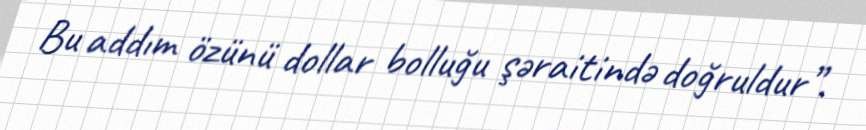
Bu addım özünü dollar bolluğu şəraitində doğruldur”.